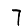
Digit: 7